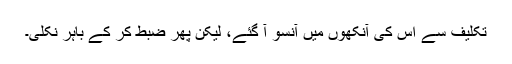
تکلیف سے اس کی آنکھوں میں آنسو آ گئے، لیکن پھر ضبط کر کے باہر نکلی۔